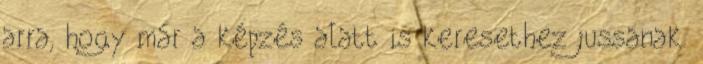
arra, hogy már a képzés alatt is keresethez jussanak.